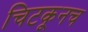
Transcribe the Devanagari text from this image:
चिटकूनच